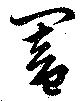
闔